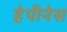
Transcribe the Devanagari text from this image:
हेपीनेस